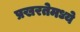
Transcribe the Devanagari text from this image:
प्रखरतेमध्ये